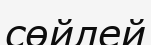
сөйлей